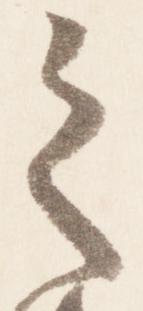
之